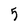
Character: 5